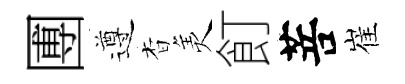
圑遵杳羙飣菩崔